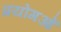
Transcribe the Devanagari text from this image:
प्रयोगओं